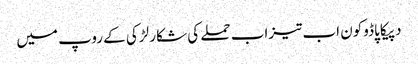
دپیکا پاڈوکون اب تیزاب حملے کی شکار لڑکی کے روپ میں